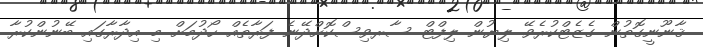
ޤާނޫނީގޮތުން ގެޒެޓްކުރެވޭ ލިޔުން ލިފްޓް ސާރވިސްކޮށްދޭނެ ފަރާތެއް ހޯދުމަށް މި އިދާރާގައި ބޭނުންކުރާ